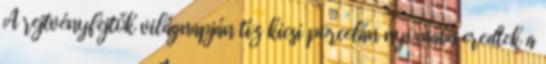
A rejtvényfejtők világnapján tíz kicsi porcelán nyomába eredtek a